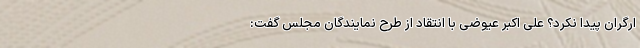
ارگران پیدا نکرد؟ علی اکبر عیوضی با انتقاد از طرح نمایندگان مجلس گفت: